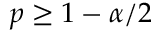
p \geq 1 - \alpha / 2